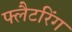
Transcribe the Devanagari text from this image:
फ्लैटरिंग